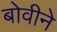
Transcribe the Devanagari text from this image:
बोवीने